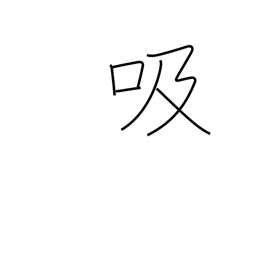
Meaning: inhale